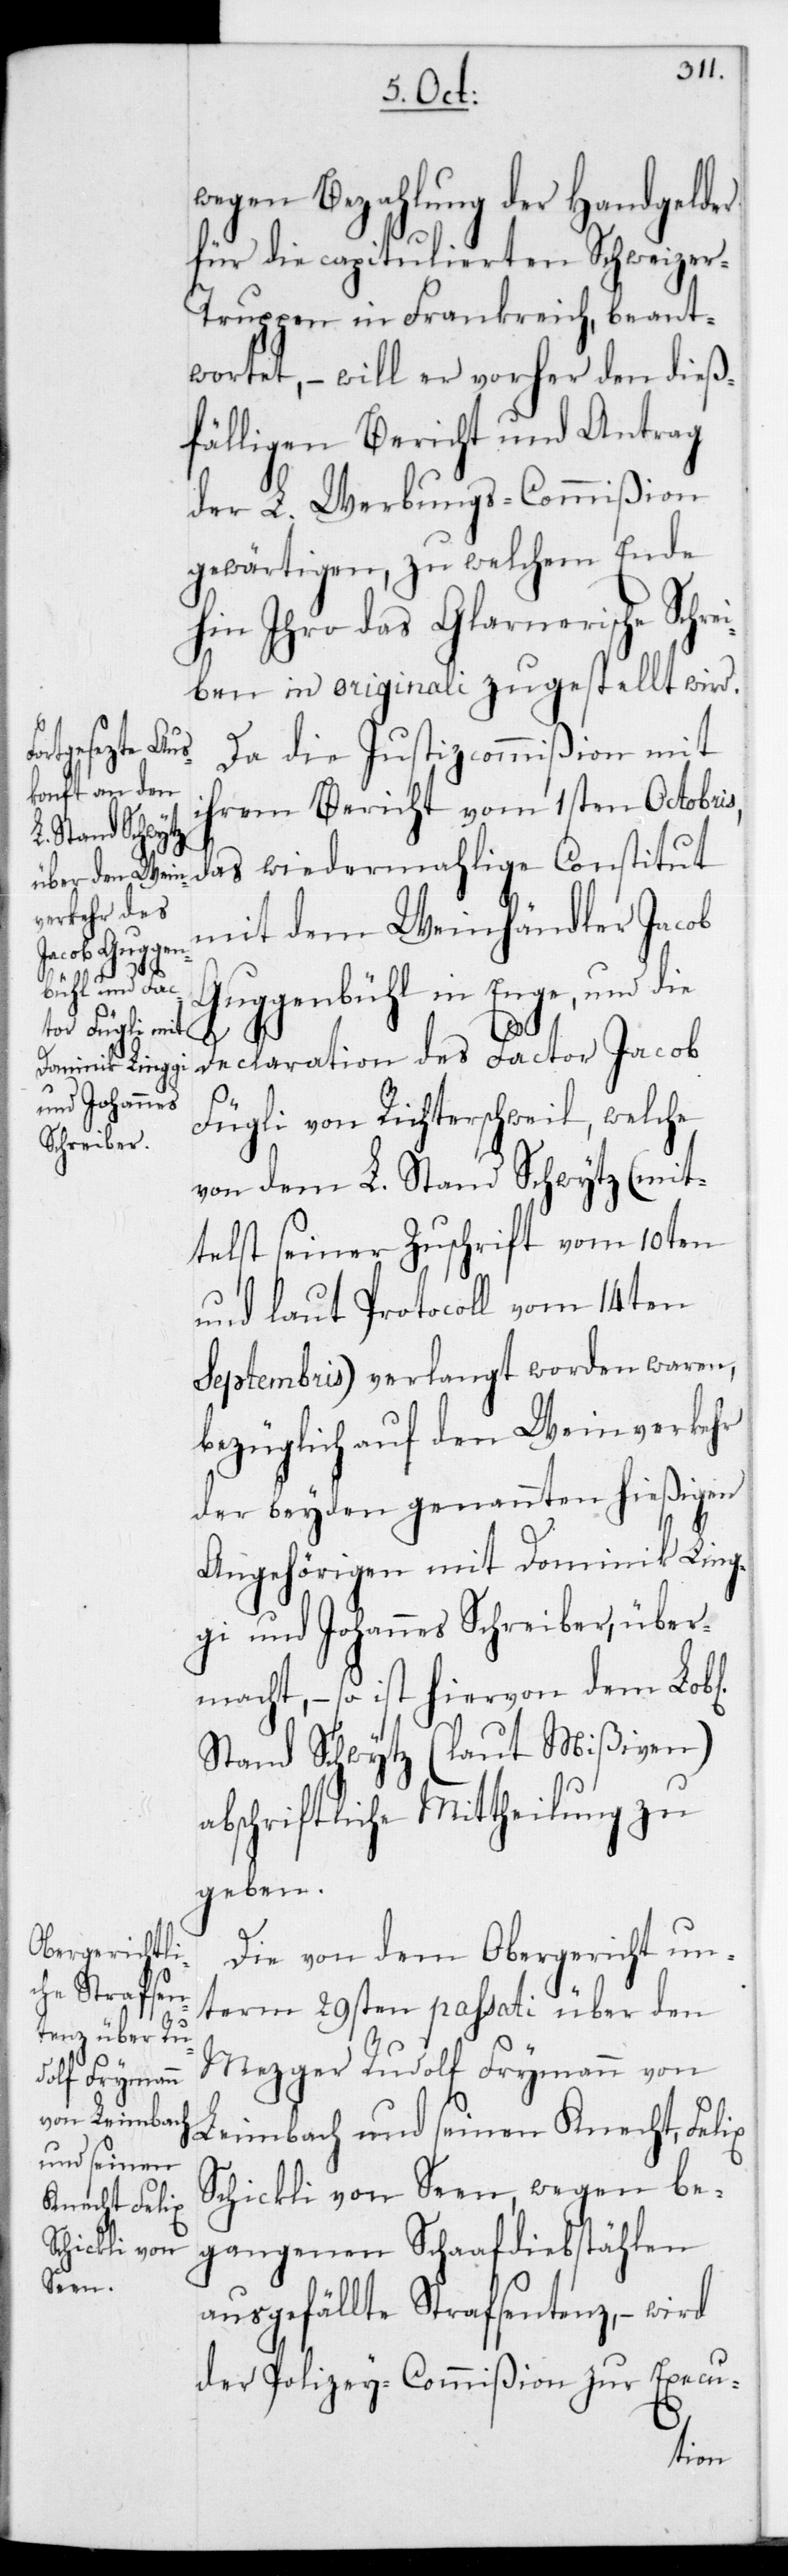
b[lichen]

wegen Bezahlung der Handgelder
für die capitulierten Schweize¬
r-Truppen in Frankreich beant¬
wortet, – will er vorher den dieß¬
fälligen Bericht und Antrag
der L. Werbungs-Commißion
gewärtigen, zu welchem Ende
hin Ihro das Glarnerische Schr¬
ben in originali zugestellt wird.
Da die Justizcommißion mit
ihrem Bericht vom 1sten Octobris,
das wiedermahlige Constitut
mit dem Weinhändler Jacob
Guggenbühl in Enge, und die
Declaration des Factor Jacob
Fügli von Richterschweil, welche
von dem L. Stand Schwytz (mit¬
telst seiner Zuschrift vom 10ten
und laut Protocoll vom 14ten
Septembris) verlangt worden waren,
bezüglich auf den Weinverkehr
der beyden genannten hießigen
Angehörigen mit Dominik Ling¬
gi und Johannes Schreiber, über¬
macht, – so ist hiervon dem Lo¬
Stand Schwytz (laut Mißiven)
abschriftliche Mittheilung zu
geben.
Die von dem Obergericht un¬
term 29sten passati über den
Mezger Rudolf Frymann von
Leimbach und seinen Knecht, Felix
Schickli von Seen, wegen be¬
gangenen Schaafdiebstählen
ausgefällte Strafsentenz, – wird
der Polizey-Commißion zur Execu-
ei¬